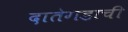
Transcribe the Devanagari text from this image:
दातेगडाची